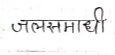
मजकूर: जलसमाधी